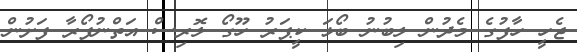
ޖެހީ ހާފުގެ މެދުން ލިބުނު ބޯޅަ ކީޕަރު ހޫގޯ ލޮރިސް އަތްނުފޯރާ ފަށުން